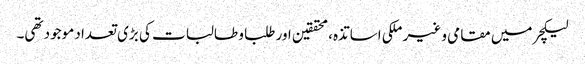
لیکچر میں مقامی و غیر ملکی اساتذہ، محققین اور طلبا و طالبات کی بڑی تعداد موجود تھی۔